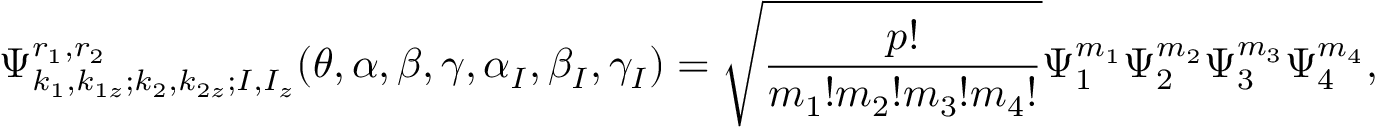
\Psi _ { k _ { 1 } , k _ { 1 z } ; k _ { 2 } , k _ { 2 z } ; I , I _ { z } } ^ { r _ { 1 } , r _ { 2 } } ( \theta , \alpha , \beta , \gamma , \alpha _ { I } , \beta _ { I } , \gamma _ { I } ) = \sqrt { \frac { p ! } { m _ { 1 } ! m _ { 2 } ! m _ { 3 } ! m _ { 4 } ! } } \Psi _ { 1 } ^ { m _ { 1 } } \Psi _ { 2 } ^ { m _ { 2 } } \Psi _ { 3 } ^ { m _ { 3 } } \Psi _ { 4 } ^ { m _ { 4 } } ,